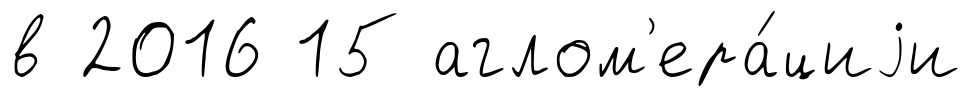
в 2016 15 аглом'ера́циjи